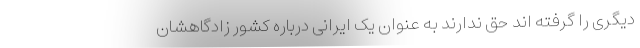
دیگری را گرفته اند حق ندارند به عنوان یک ایرانی درباره کشور زادگاهشان